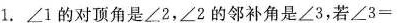
1.\angle 1的对顶角是\angle 2，\angle 2的邻补角是\angle 3，若$$\angle 3 =